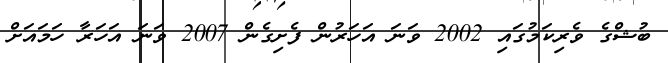
ބުޝްގެ ވެރިކަމުގައި 2002 ވަނަ އަހަރުން ފެށިގެން 2007 ވަނަ އަހަރާ ހަމައަށް